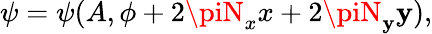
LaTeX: \psi=\psi(A,\phi+2\piN_{x}x+2\piN_{\mathbf{y}}\mathbf{y}),